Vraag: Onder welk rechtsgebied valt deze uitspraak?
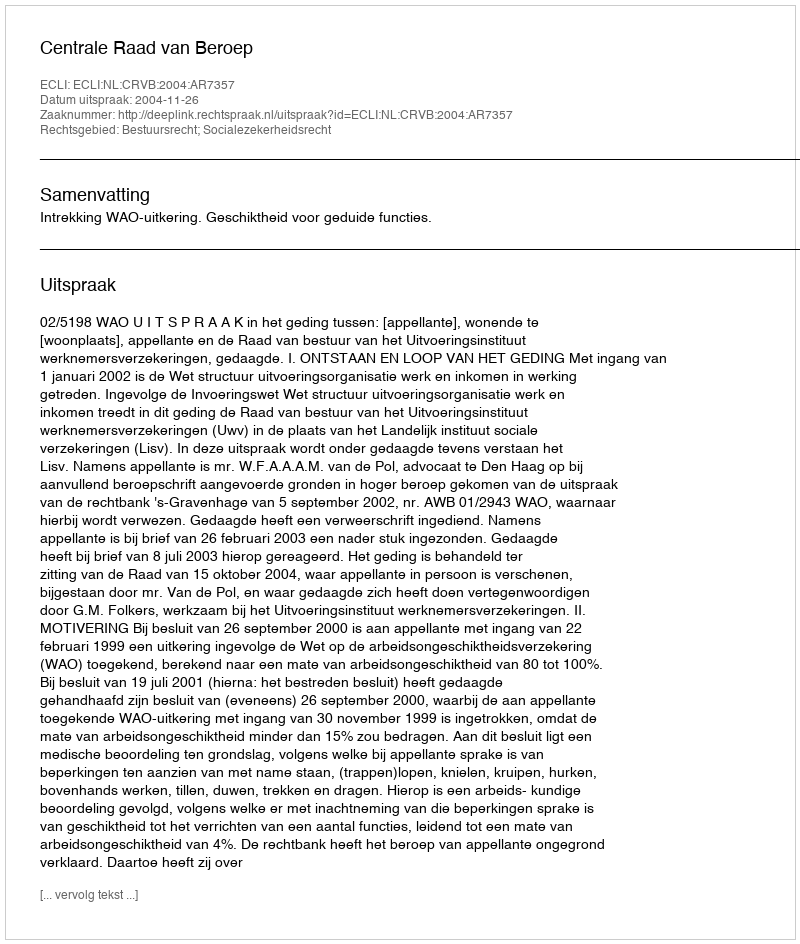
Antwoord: Bestuursrecht; Socialezekerheidsrecht